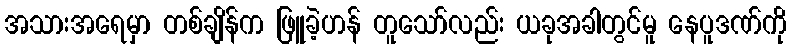
အသားအရေမှာ တစ်ချိန်က ဖြူခဲ့ဟန် တူသော်လည်း ယခုအခါတွင်မူ နေပူဒဏ်ကို